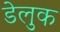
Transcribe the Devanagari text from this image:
डेलुक